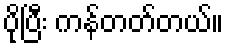
ပိုပြီး ကန်တတ်တယ်။